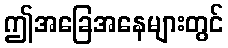
ဤအခြေအနေများတွင်